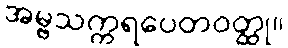
အမ္ဗသက္ကရပေတဝတ္ထု။